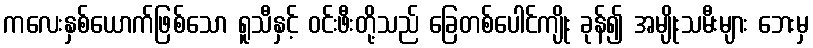
ကလေးနှစ်ယောက်ဖြစ်သော ရူသီနှင့် ဝင်းဖီးတို့သည် ခြေတစ်ပေါင်ကျိုး ခုန်၍ အမျိုးသမီးများ ဘေးမှ